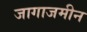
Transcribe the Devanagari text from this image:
जागाजमीन